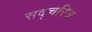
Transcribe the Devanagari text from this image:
सद्चरित्र